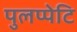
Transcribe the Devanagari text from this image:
पुलप्पेटि